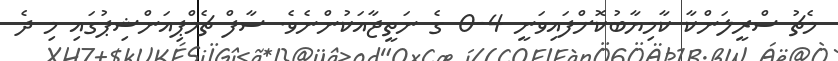
މެޗު ސްރީލަންކާ ކާމިޔާބުކޮށްފައިވަނީ 4-0 ގެ ނަތީޖާއަކުންނެވެ. ސާފް ޗެމްޕިއަންޝިޕުގައި މި ދެ